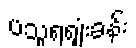
ပသူရရှုံးခန်း